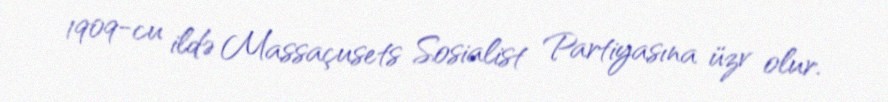
1909-cu ildə Massaçusets Sosialist Partiyasına üzv olur.